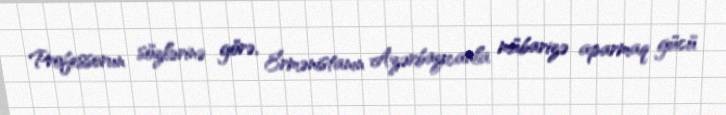
Professorun sözlərinə görə, Ermənistanın Azərbaycanla mübarizə aparmaq gücü